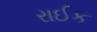
રાઈક